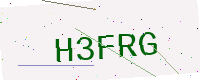
Text: H3FRG